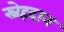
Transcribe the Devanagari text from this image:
स्नेहदान